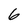
Character: 6